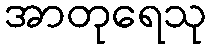
အာတုရေသု